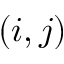
( i , j )